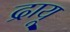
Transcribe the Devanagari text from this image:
द्रायू